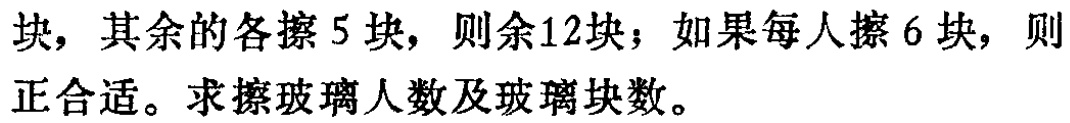
块，其余的各擦 5 块，则余12块；如果每人擦 6 块，则正合适。求擦玻璃人数及玻璃块数。